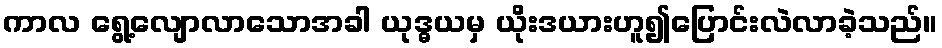
ကာလ ရွေ့လျောလာသောအခါ ယုဒ္ဓယမှ ယိုးဒယားဟူ၍ပြောင်းလဲလာခဲ့သည်။